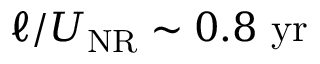
\ell / U _ { \mathrm { N R } } \sim 0 . 8 ~ \mathrm { y r }